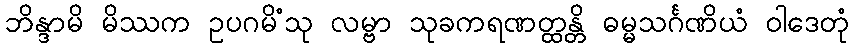
ဘိန္ဒာမိ မိဿက ဥပဂမိံသု လမ္ဗာ သုခကရဏတ္ထန္တိ ဓမ္မသင်္ဂဏိယံ ဝါဒေတုံ